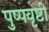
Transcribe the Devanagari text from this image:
पुष्पवृष्टी